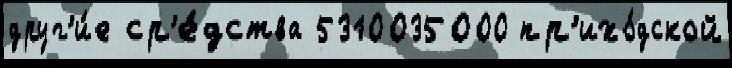
друг'и́е ср'е́дства 5310035000 пр'ихо́дской